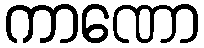
ကာဏော